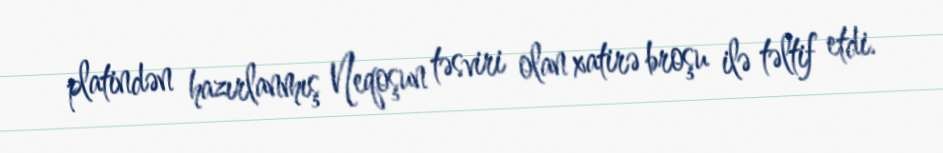
platindən hazırlanmış Neqoşun təsviri olan xatirə broşu ilə təltif etdi.